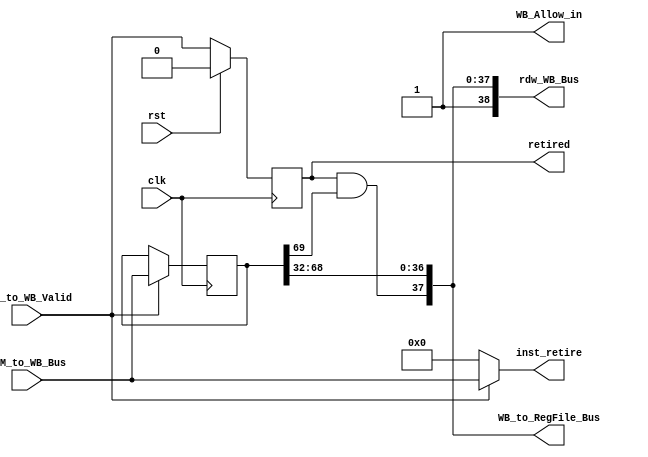
`define MEM_TO_WB_BUS_WD 70
`define WB_TO_RF_BUS_WD  38
`define RDW_BUS_WD       39

module WB_State(
        input                            clk,
        input                            rst,
        //Allow_in
        output                           WB_Allow_in,
        //from MEM
        input                            MEM_to_WB_Valid,
        input  [`MEM_TO_WB_BUS_WD - 1:0] MEM_to_WB_Bus,
        //to rf
        output [`WB_TO_RF_BUS_WD - 1 :0] WB_to_RegFile_Bus,
        //rdw to id
        output [`RDW_BUS_WD - 1      :0] rdw_WB_Bus,
        //inst_retire
        output                           retired,
        output [69                   :0] inst_retire
);

//
        //HandShake Signals
        reg  WB_Valid;
        wire WB_Ready;
        reg  [`MEM_TO_WB_BUS_WD - 1:0] MEM_to_WB_Bus_reg;

        //Other Signals from MEM
        wire            WB_wen;
        wire [4:0]      RF_waddr;
        wire [31:0]     final_result;
        wire [31:0]     PC;
        
        //Reg_File
        wire            RF_wen;
        wire [31:0]     RF_wdata;

        //Inst_Retired
        wire [69:0]     retire_data;



//
        //WB_Valid
        always @(posedge clk) begin
                if(rst) begin
                        WB_Valid <= 1'b0;
                end
                else if(WB_Allow_in)begin
                        WB_Valid <= MEM_to_WB_Valid;
                end
        end


        //MEM_to_WB_Bus_reg
        always @(posedge clk) begin
                if(MEM_to_WB_Valid & WB_Allow_in) begin
                        MEM_to_WB_Bus_reg <= MEM_to_WB_Bus;
                end
        end


        reg[25:0] count;
        always @(posedge clk) begin
                if(rst) count <= 26'b0;
                else count <= count + 1;
        end



//
        //DataPath (MEM --> WB)
        assign {WB_wen,
                RF_waddr,
                final_result,
                PC
                } = MEM_to_WB_Bus_reg;


        //DataPath (WB --> ID)
        assign rdw_WB_Bus =   { 1'b1,           //38:38
                                RF_wen,         //37:37
                                RF_waddr,       //36:2
                                final_result    //31:0
                                };
        

        //HandShake Signals
        assign WB_Ready = 1'b1;
        assign WB_Allow_in  = !WB_Valid || WB_Ready;


        //RF_Write
        assign RF_wen   = WB_Valid & WB_wen;
        assign RF_wdata = final_result;
        

        //DataPath (WB --> RF)
        assign WB_to_RegFile_Bus = {RF_wen,     //37:37
                                    RF_waddr,   //36:32
                                    RF_wdata    //31:0
                                    };


        //retired_instruction
        assign retired   = WB_Valid;
        wire temp;
        assign temp = &count ? 1'b1 : RF_wen;

        assign inst_retire = (MEM_to_WB_Valid & WB_Allow_in) ? MEM_to_WB_Bus : 70'b0;
        
endmodule